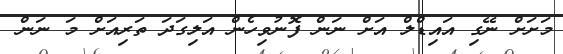
މަށަށް ނޭގި އައިޑްލް އަށް ނަން ފޮނުވިހެން އަލިގަދަ ތަރިއަށް މަ ނަން